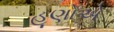
હૂણોએ